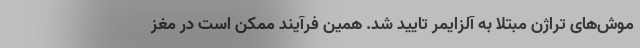
موش‌های تراژن مبتلا به آلزایمر تایید شد. همین فرآیند ممکن است در مغز